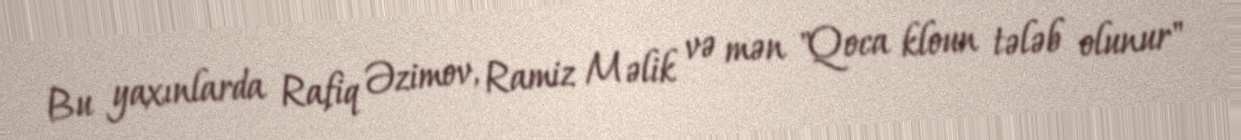
Bu yaxınlarda Rafiq Əzimov, Ramiz Məlik və mən "Qoca kloun tələb olunur"